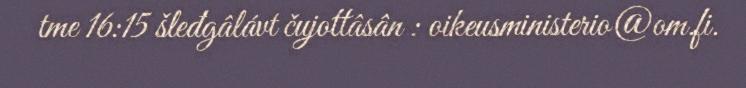
tme 16:15 šleđgâlávt čujottâsân : oikeusministerio@om.fi.